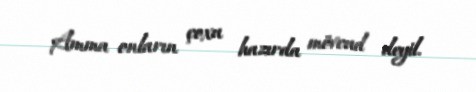
Amma onların çoxu hazırda mövcud deyil.